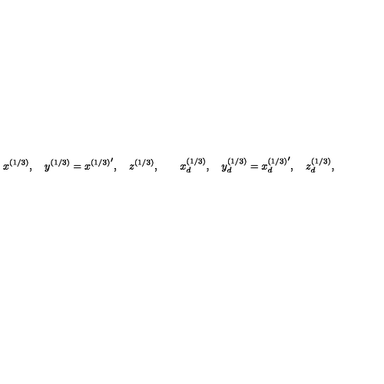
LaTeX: x ^ { ( 1 / 3 ) } , \quad y ^ { ( 1 / 3 ) } = { x ^ { ( 1 / 3 ) } } ^ { \prime } , \quad z ^ { ( 1 / 3 ) } , \qquad x _ { d } ^ { ( 1 / 3 ) } , \quad y _ { d } ^ { ( 1 / 3 ) } = { x _ { d } ^ { ( 1 / 3 ) } } ^ { \prime } , \quad z _ { d } ^ { ( 1 / 3 ) } ,